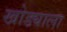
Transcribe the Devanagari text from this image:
खोड्याला